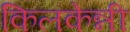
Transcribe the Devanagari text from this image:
किलकेन्नी